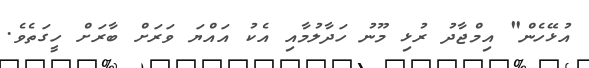
އުޅޭހެން" އިމްޖާދު ރުޅި މޫނު ހަދާލުމާއި އެކު އައްޔަ ވަރަށް ބާރަށް ހީގަތެވެ.